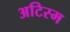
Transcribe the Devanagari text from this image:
अटिस्म